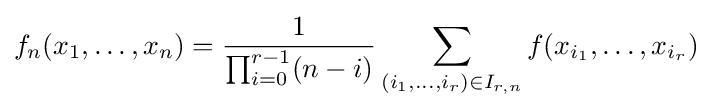
f_{n}(x_{1},\dotsc ,x_{n})={\frac {1}{\prod _{i=0}^{r-1}(n-i)}}\sum _{(i_{1},\dotsc ,i_{r})\in I_{r,n}}f(x_{i_{1}},\dotsc ,x_{i_{r}})